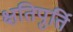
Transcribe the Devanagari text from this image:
क्षतिपुर्ति